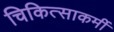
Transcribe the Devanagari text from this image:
चिकित्साकर्मी